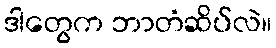
ဒါတွေက ဘာတံဆိပ်လဲ။